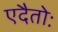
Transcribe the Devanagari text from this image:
एदैतोः